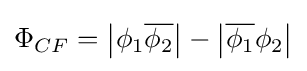
\Phi _{CF}=\left\vert \phi _{1}{\overline {\phi _{2}}}\right\vert -\left\vert {\overline {\phi _{1}}}\phi _{2}\right\vert